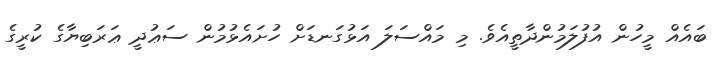
ބައެއް މީހުން އުފުލަމުންދާތީއެވެ. މި މައްސަލަ އަޅުގަނޑަށް ހުށައެޅުމުން ސަޢުދީ ޢަރަބިޔާގެ ކުރީގެ